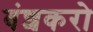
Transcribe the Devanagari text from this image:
वंशकरो